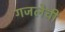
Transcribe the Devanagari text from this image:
गजलेची